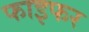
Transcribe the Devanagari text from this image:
फाइफर